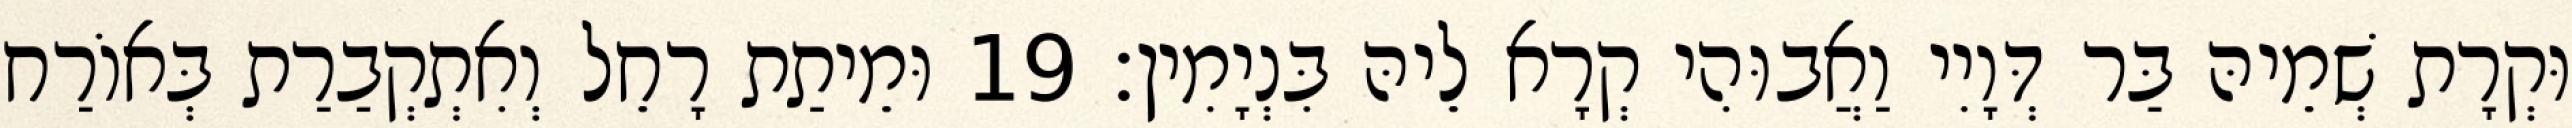
וּקְרָת שְׁמֵיהּ בַּר דְּוָיִי וַאֲבוּהִי קְרָא לֵיהּ בִּנְיָמִין׃ 19 וּמֵיתַת רָחֵל וְאִתְקְבַרַת בְּאוֹרַח